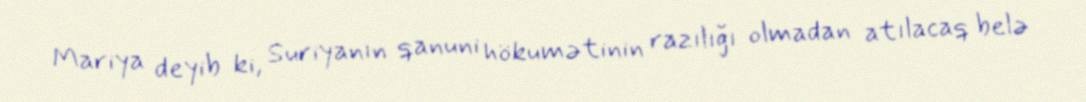
Mariya deyib ki, Suriyanın qanuni hökumətinin razılığı olmadan atılacaq belə